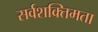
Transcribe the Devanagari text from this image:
सर्वशक्तिमता